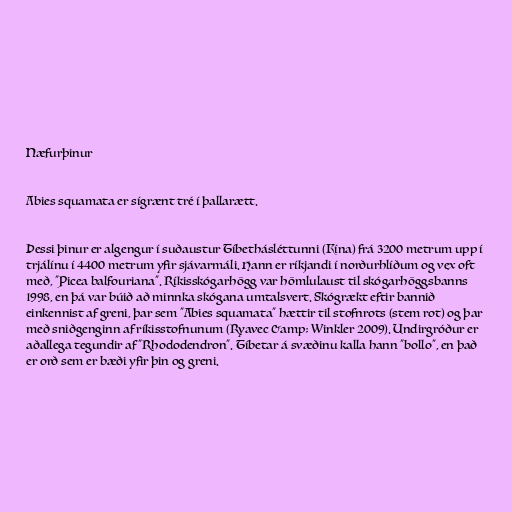
Næfurþinur

Abies squamata er sígrænt tré í þallarætt.

Þessi þinur er algengur í suðaustur Tíbethásléttunni (Kína) frá 3200 metrum upp í
trjálínu í 4400 metrum yfir sjávarmáli. Hann er ríkjandi í norðurhlíðum og vex oft
með, "Picea balfouriana". Ríkisskógarhögg var hömlulaust til skógarhöggsbanns
1998, en þá var búið að minnka skógana umtalsvert. Skógrækt eftir bannið
einkennist af greni, þar sem "Abies squamata" hættir til stofnrots (stem rot) og þar
með sniðgenginn af ríkisstofnunum (Ryavec &amp; Winkler 2009). Undirgróður er
aðallega tegundir af "Rhododendron". Tíbetar á svæðinu kalla hann "bollo", en það
er orð sem er bæði yfir þin og greni.